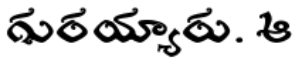
గురయ్యారు. ఆ